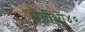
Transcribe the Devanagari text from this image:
प्रतीक्षा४०